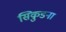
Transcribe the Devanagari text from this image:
सिकुडना